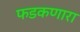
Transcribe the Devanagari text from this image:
फडकणारा